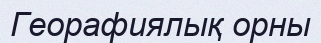
Георафиялық орны